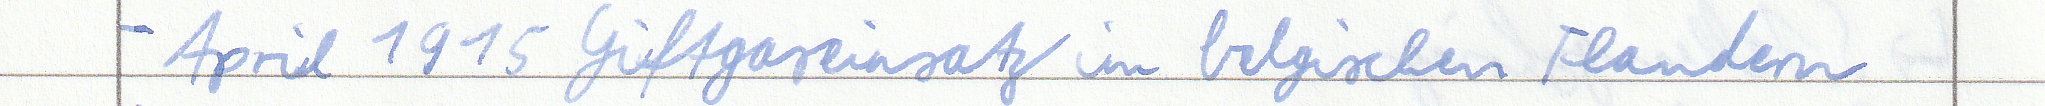
- April 1915 Giftgaseinsatz im belgischen Flandern